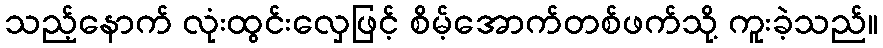
သည့်နောက် လုံးထွင်းလှေဖြင့် စိမ့်အောက်တစ်ဖက်သို့ ကူးခဲ့သည်။